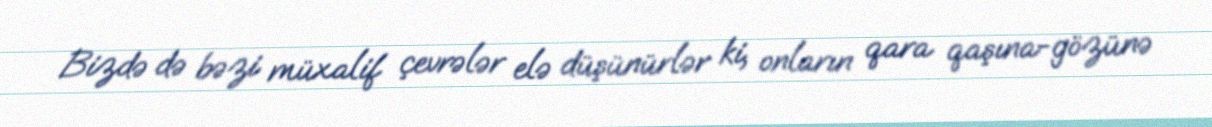
Bizdə də bəzi müxalif çevrələr elə düşünürlər ki, onların qara qaşına-gözünə